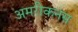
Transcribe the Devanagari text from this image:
अमरीकनस